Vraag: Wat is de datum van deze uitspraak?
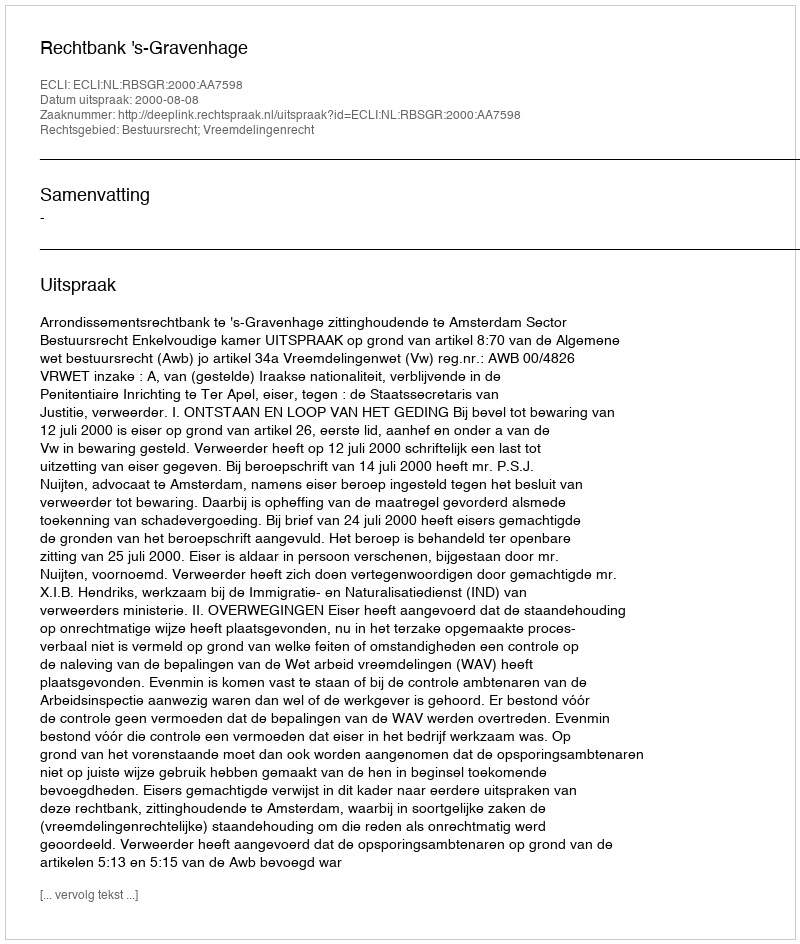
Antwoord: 2000-08-08